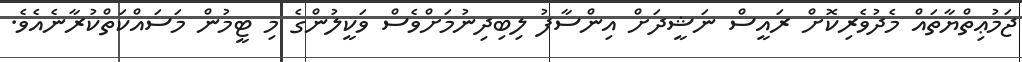
ޖަމުޢިތްޔާތައް މެދުވެރިކޮށް ރައީސް ނަޝީދަށް އިންސާފު ލިބިދިނުމަށްވެސް ވަކީލުންގެ މި ޓީމުން މަސައްކަތްކުރާނެއެވެ.